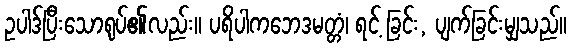
ဥပါဒ်ပြီးသောရုပ်၏လည်း။ ပရိပါကဘေဒမတ္တံ၊ ရင့် ခြင်း, ပျက်ခြင်းမျှသည်။